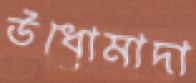
উধোমাদা